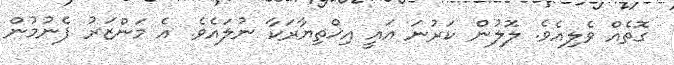
ގޮތެއް ވެލިއެވެ. ލޮލުން ކަރުނަ އައީ އިޚްތިޔާރަކާ ނުލައެވެ. އެ މަންޒަރު ފެނުމުން